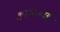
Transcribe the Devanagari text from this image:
खामजाई